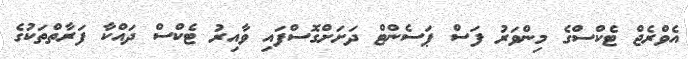
އެވްރެޖް ޓެކްސްގެ މިންވަރު ފަސް ޕަސެންޓް ދަށަށްގޮސްފައި ވާއިރު ޓެކްސް ދައްކާ ފަރާތްތަކުގެ